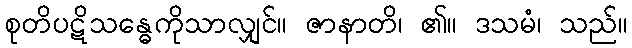
စုတိပဋိသန္ဓေကိုသာလျှင်။ ဇာနာတိ၊ ၏။ ဒသမံ၊ သည်။